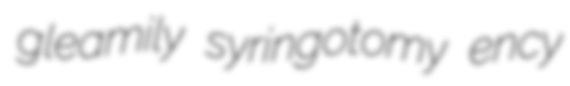
gleamily syringotomy ency